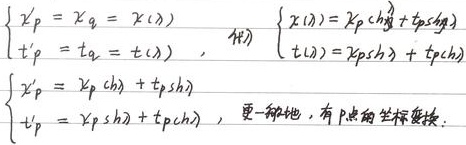
\[\begin{cases}x^{\prime}_{p}=x_{q}=x(\lambda)\\t^{\prime}_{p}=t_{q}=t(\lambda)\end{cases}, \quad \begin{cases}x(\lambda)=x_{p}\text{ch}\lambda + t_{p}\text{sh}\lambda\\t(\lambda)=x_{p}\text{sh}\lambda + t_{p}\text{ch}\lambda\end{cases}\]
\[
\begin{cases}x^{\prime}_{p}=x_{p}\text{ch}\lambda + t_{p}\text{sh}\lambda\\t^{\prime}_{p}=x_{p}\text{sh}\lambda + t_{p}\text{ch}\lambda\end{cases}, \text{更一般地，有}P\text{点的坐标变换.}
\]